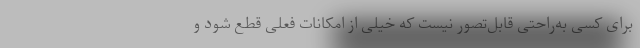
برای کسی به‌راحتی قابل‌تصور نیست که خیلی از امکانات فعلی قطع شود و